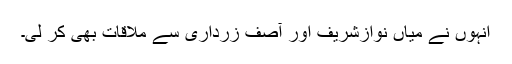
اُنہوں نے میاں نوازشریف اور آصف زرداری سے ملاقات بھی کر لی۔